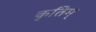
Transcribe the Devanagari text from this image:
कृतिम्